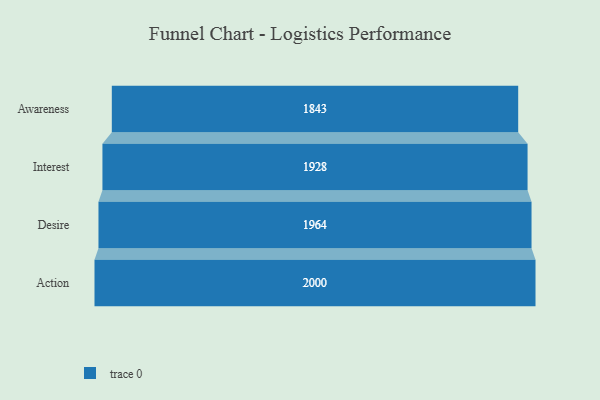
{"axis": {"x": "Stage", "y": "Value"}, "legend": [""], "data": [{"x": "Awareness", "y": 1843.0, "type": ""}, {"x": "Interest", "y": 1928.0, "type": ""}, {"x": "Desire", "y": 1964.0, "type": ""}, {"x": "Action", "y": 2000, "type": ""}]}